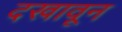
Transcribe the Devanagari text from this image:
दखावून